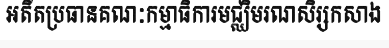
អតីតប្រធានគណៈកម្មាធិការមជ្ឈិមរណសិរ្សកសាង